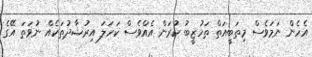
އެހެން ނަމަވެސް މިތަބީއަތް ތަހުޒީބު ކުރަން އެއްވެސް ކަހަލަ އިރުޝާދުތަކެއް ނުވަތަ އޭގެ